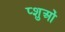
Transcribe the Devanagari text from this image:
प्शुओं